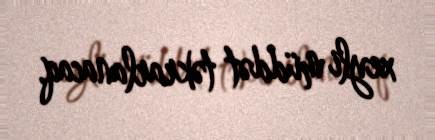
xeyli müddət təkrarlanacaq.